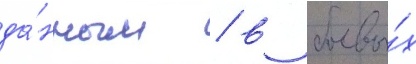
да́нным / в боевы́х